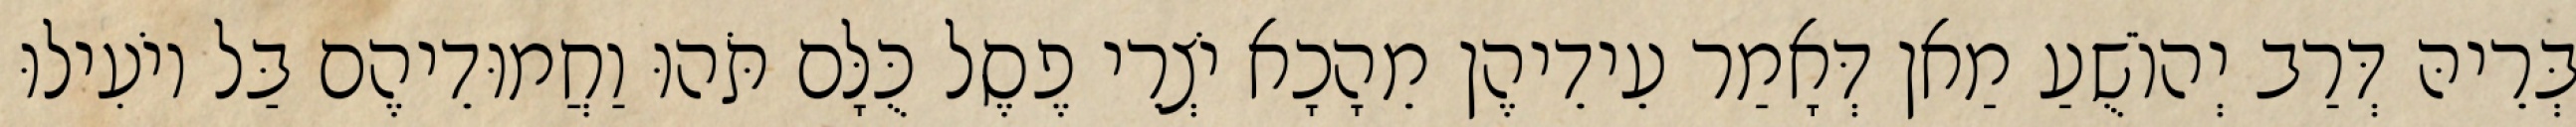
בְּרֵיהּ דְּרַב יְהוֹשֻׁעַ מַאן דְּאָמַר עֵידֵיהֶן מֵהָכָא יֹצְרֵי פֶסֶל כֻּלָּם תֹּהוּ וַחֲמוּדֵיהֶם בַּל יוֹעִילוּ